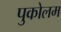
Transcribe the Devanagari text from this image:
पुकोलम